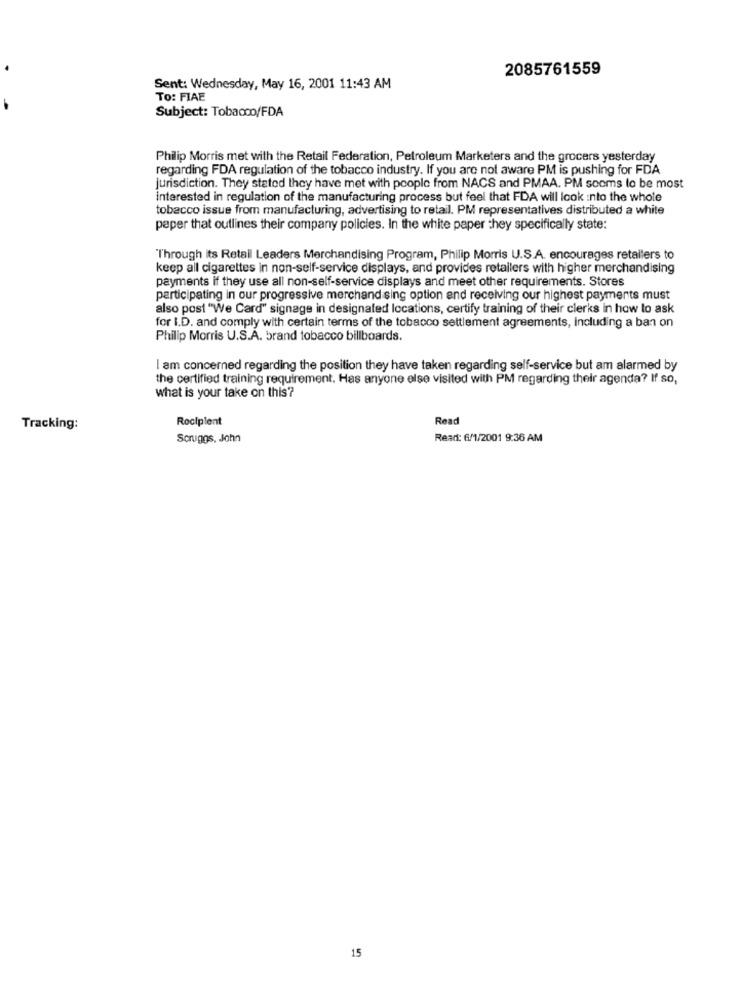
2085761559
Sent: Wednesday, May 16, 2001 11:43 AM
TO: FIAE
Subject: Tobacco/FDA
Philip Morris met with the Retail Federation, Petroleum Marketers and the grocers yesterday
regarding FDA regulation of the tobacco industry. If you are not aware PM is pushing for FDA
jurisdiction. They stated they have met with people from NACS and PMAA. PM sooms to be most
interested in regulation of the manufacturing process but feel that FDA will look into the whole
tobacco issue from manufacturing, advertising to retail. PM representatives distributed a white
peper that outlines their company policies. In the white paper they specifically state:
Through its Retail Leaders Merchandising Program, Philip Morris U.S.A. encourages retailers to
keep all cigarettes in non-self-service displays, and provides retailers with higher merchandising
payments if they use all non-self-service displays and meet other requirements. Stores
participating in our progressive merchand sing option and receiving our highest payments must
also post "We Card" signage in designated locations, certify training of their clerks in how to ask
for I.D. and comply with certain terms of the tobacco settlement agreements, including a ban on
Philip Morris U.S.A. brand tobacco billboards.
I am concerned regarding the position they have taken regarding self-service but am alarmed by
the certified training requirement, Has anyone else visited with PM regarding their agenda? If so,
what is your take on this?
Recipient
Read
Tracking:
Scruggs, John
Read: 6/1/2001 9:36 AM
15